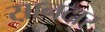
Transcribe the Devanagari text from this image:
स़ानदार